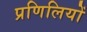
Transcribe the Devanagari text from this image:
प्रणिलियों